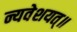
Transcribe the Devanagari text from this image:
न्यवेशयत्॥